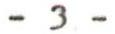
- 3 -